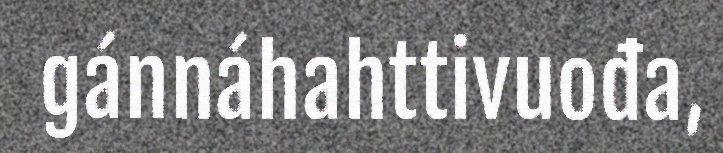
gánnáhahttivuođa,